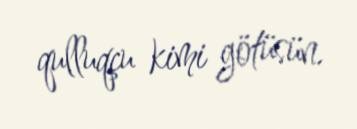
qulluqçu kimi götüsün.